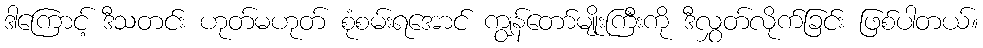
ဒါကြောင့် ဒီသတင်း ဟုတ်မဟုတ် စုံစမ်းရအောင် ကျွန်တော်မျိုးကြီးကို ဒီလွှတ်လိုက်ခြင်း ဖြစ်ပါတယ်။